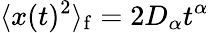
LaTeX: \langle x(t)^{2}\rangle_{\mathrm{f}}=2D_{\alpha}t^{\alpha}